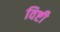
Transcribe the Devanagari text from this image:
विष्टी